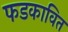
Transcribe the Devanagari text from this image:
फडकावित